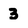
Character: 3